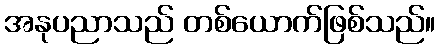
အနုပညာသည် တစ်ယောက်ဖြစ်သည်။